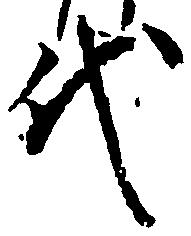
代